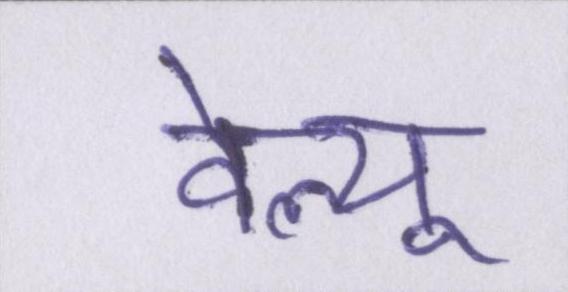
वेल्यू